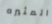
المثيره